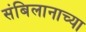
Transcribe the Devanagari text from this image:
संबिलानाच्या